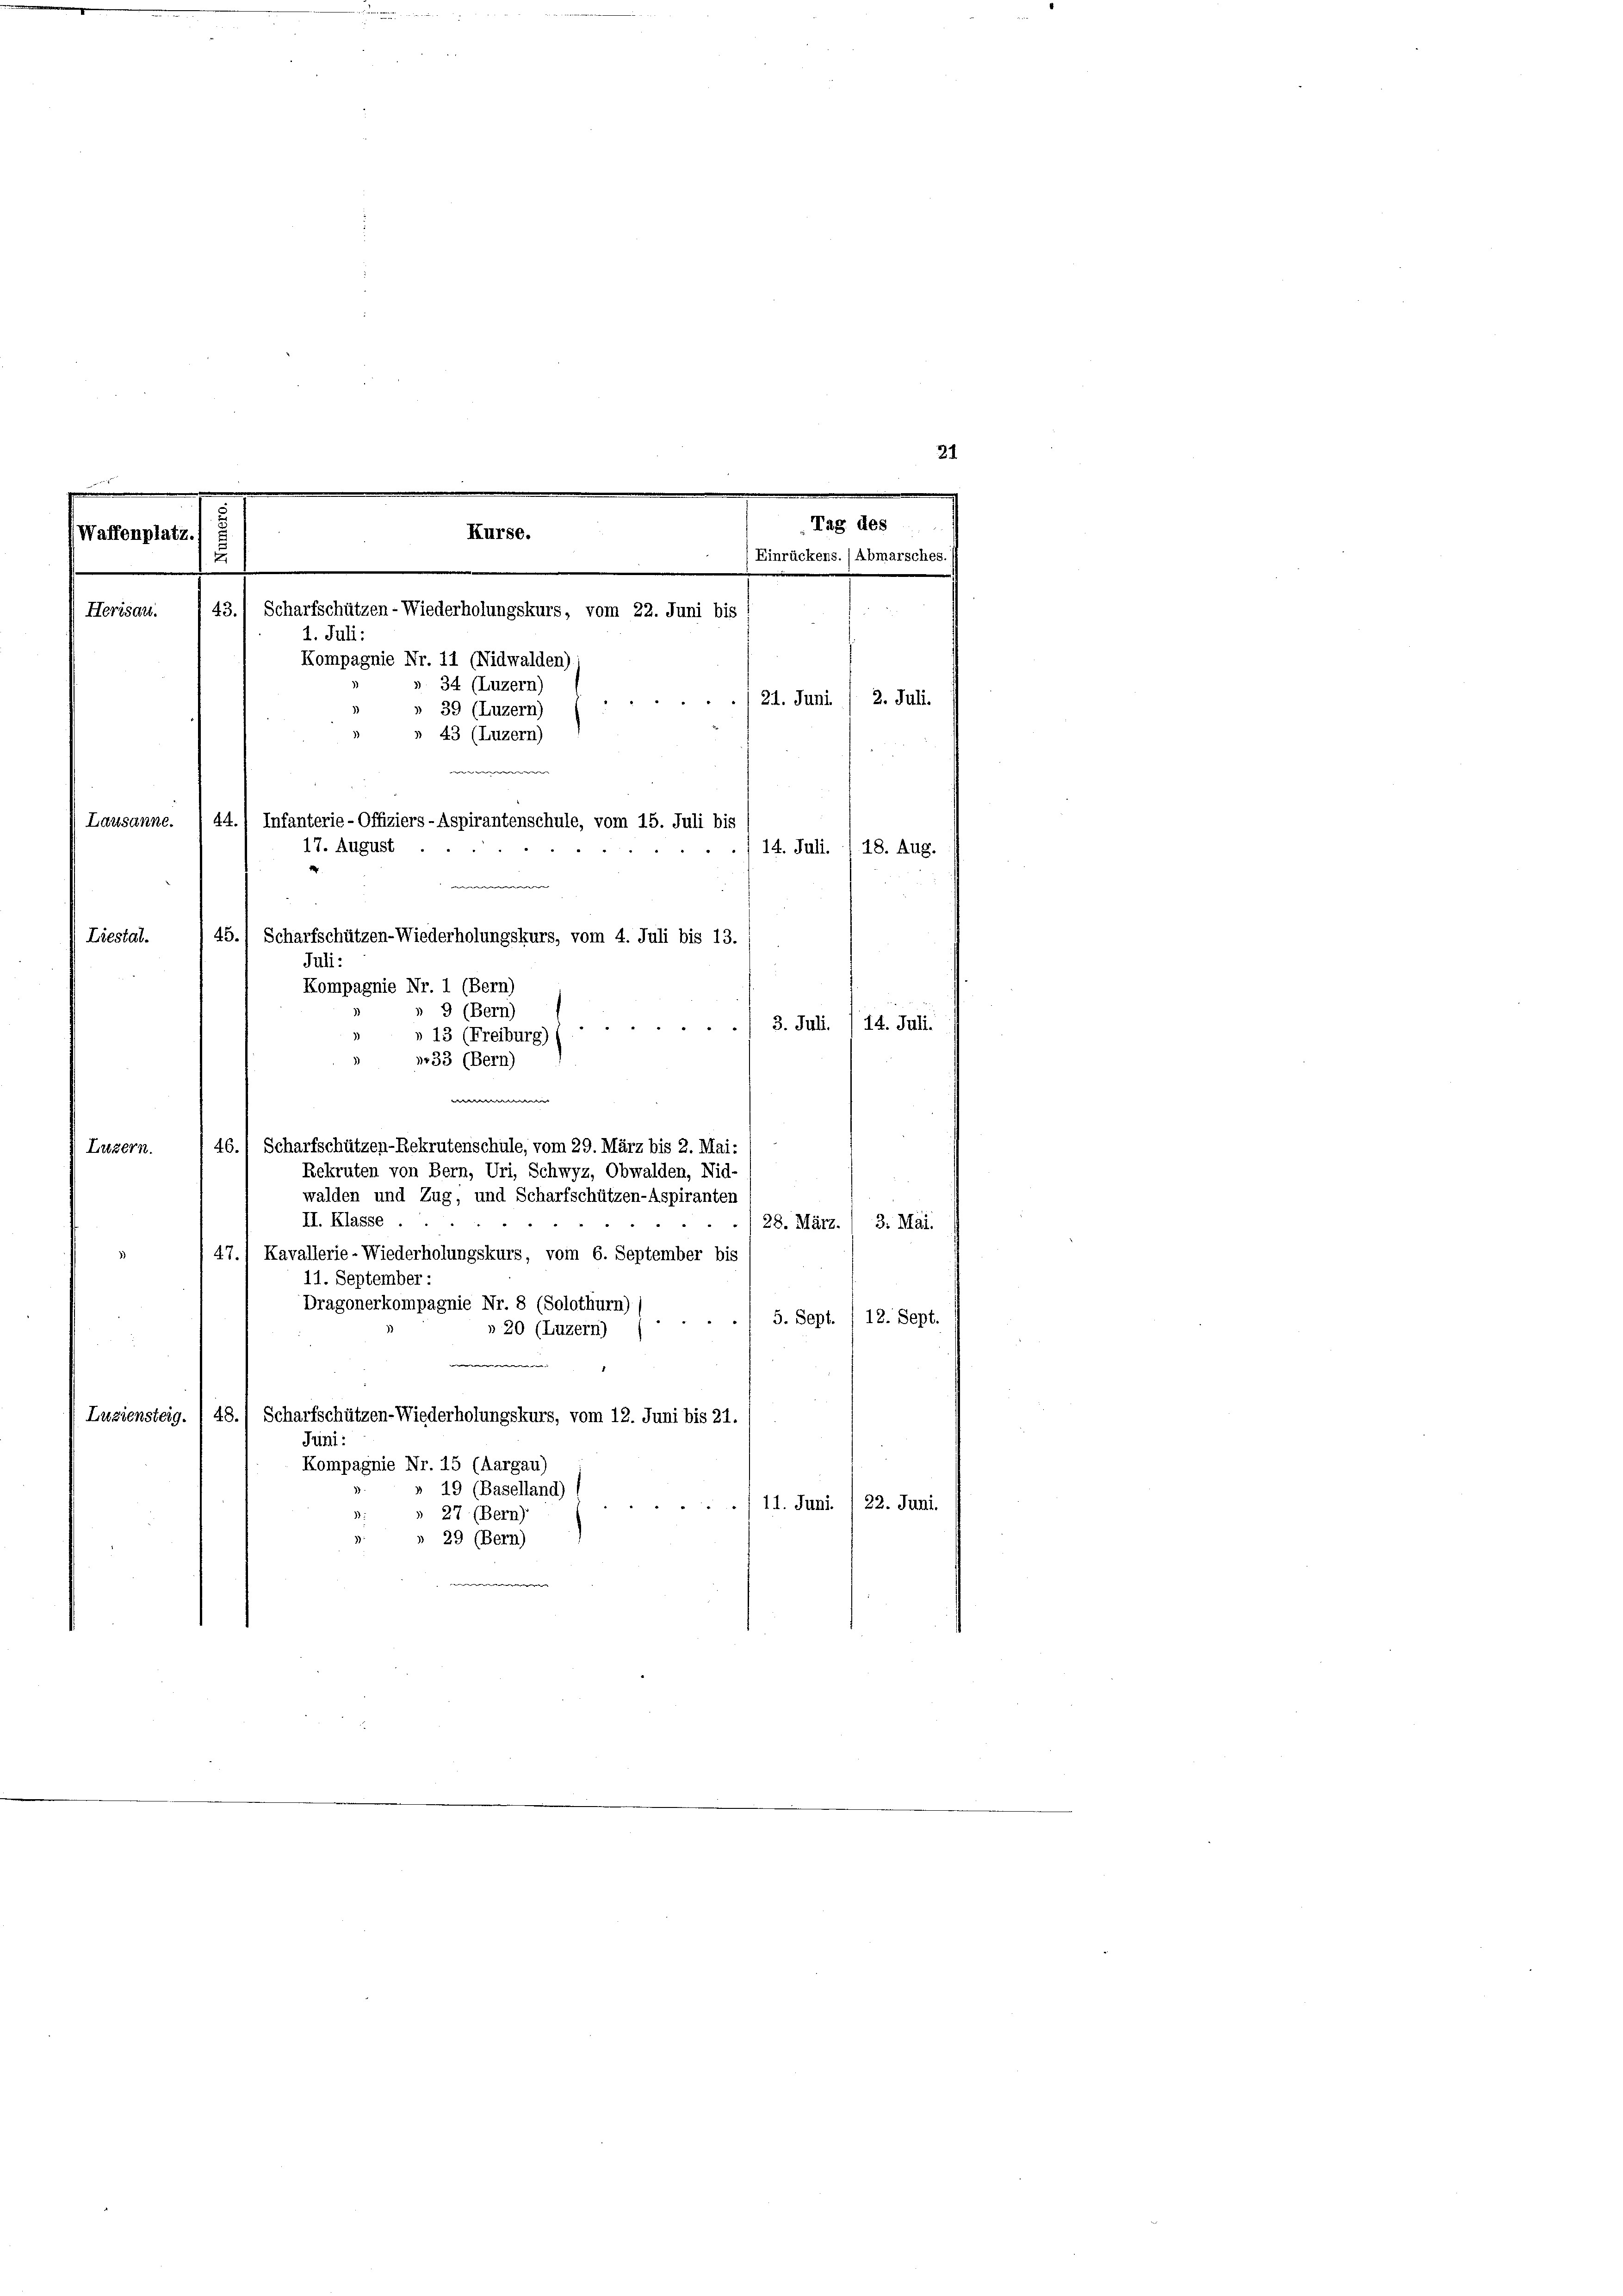
21

.
ge
Tag des
Kurse.
(Waffenplatz.
Einrückens. (Abmarsches.
t
e
.
43.) Scharfschützen- Wiederholungskurs, vom 22. Juni bis
Herisau.
1. Juli:
Kompagnie Nr. 11 (Nidwalden)

Lausanne.
14. Juli. I 18. Aug.
Liestal.
3. Juli. /14. Juli.
4
»r33 (Bern)
w
46.1 Scharfschützen-Rekrutenschule, vom 29. März bis 2. Mai:
Litzern.
Rekruten von Bern, Uri, Schwyz, Obwalden, Nid-
walden und Zug, und Scharfschützen-Aspiranten
II. Klasse .
28. März. / 3. Mai.
47.) Kavallerie-Wiederholungskurs, vom 6. September bis
11. September:
Dragonerkompagnie Nr. 8 (Solothurn)
5. Sept. /12. Sept.
» 20 (Luzern)
.
Luziensteig. I 48.) Scharfschützen-Wiederholungskurs, vom 12. Juni bis 21.
Juni:
Kompagnie Nr. 15 (Aargau)
19 (Baselland)
11. Juni /22. Juni.
.
27 (Bern)
29 (Bern)
.

34 (Luzern)
39 (Luzern)
» 43 (Luzern)
ewere
44., Infanterie-Offiziers-Aspirantenschule, vom 15. Juli bis
17. August ..
w
45.) Scharfschützen-Wiederholungskurs, vom 4. Juli bis 13.
Juli:
Kompagnie Nr. 1 (Bern)
9 (Bern)
3
» 13 (Freiburg)

./21. Juni / 2. Juli.